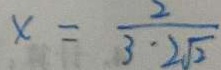
x = \frac { 2 } { 3 \cdot 2 \sqrt { 2 } }